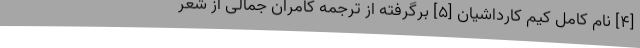
[۴] نام کامل کیم کارداشیان [۵] برگرفته از ترجمه کامران جمالی از شعر